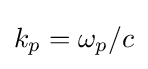
k_{p}=\omega _{p}/c